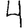
Digit: 4